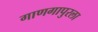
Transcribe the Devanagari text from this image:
गाणगापुरला